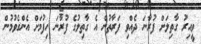
ވީއިރު ގާތިލަށް ފުރާނަ ދެއްވި ފަރާތުން އެ ގާތިލުގެ ފުރާނަ ހިފުމަށް އެންގެވުމުން